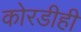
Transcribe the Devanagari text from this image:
कोरडीही